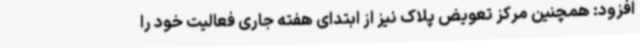
افزود: همچنین مرکز تعویض پلاک نیز از ابتدای هفته جاری فعالیت خود را